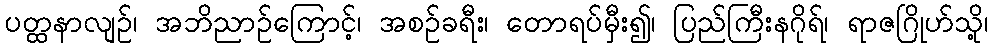
ပတ္ထနာလျဉ်၊ အဘိညာဉ်ကြောင့်၊ အစဉ်ခရီး၊ တောရပ်မှီး၍၊ ပြည်ကြီးနဂိုရ်၊ ရာဇဂြိုဟ်သို့၊